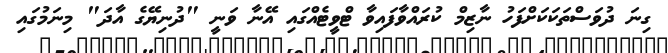
ގިނަ ދުވަސްތަކަކަށްފަހު ނާޒިމް ކުރައްވާފައިވާ ޓްވީޓެއްގައި އޭނާ ވަނީ "ދުނިޔޭގެ އާދަ" މިނަމުގައި